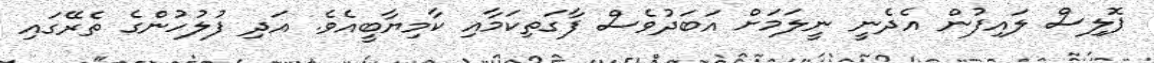
ޕޮލިސް ލައިފުން އެދެނީ ނީލަމަށް އަބަދުވެސް ފާގަތިކަމާއި ކާމިޔާބީއެވެ. އަދި ފުލުހުންގެ ތެރޭގައި